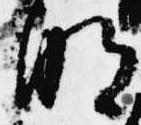
明